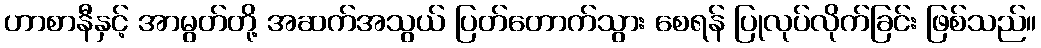
ဟာစာနီနှင့် အာမွတ်တို့ အဆက်အသွယ် ပြတ်တောက်သွား စေရန် ပြုလုပ်လိုက်ခြင်း ဖြစ်သည်။